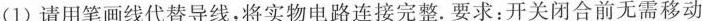
(1)请用笔画线代替导线，将实物电路连接完整。要求：开关闭合前无需移动